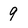
Character: 9